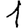
Digit: 1